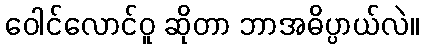
ဝေါင်လောင်ဝူ ဆိုတာ ဘာအဓိပ္ပာယ်လဲ။